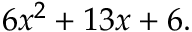
6 x ^ { 2 } + 1 3 x + 6 .